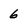
Character: 6